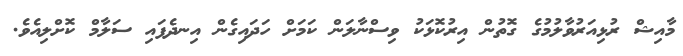
މާއިޝް ރުޅިއަރުވާލުމުގެ ގޮތުން އިރުކޮޅަކު ވިސްނާލަން ކަމަށް ހަދައިގެން އިނދެފައި ސަލާމް ކޮށްލިއެވެ.